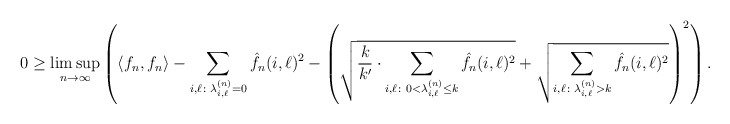
\begin{align*}0 \geq \limsup_{n \to \infty} \left( \langle f_n, f_n \rangle - \sum_{i, \ell \colon \lambda_{i,\ell}^{(n)} = 0} \hat f_n(i,\ell)^2 - \left(\sqrt{\frac{k}{k'}\cdot { \sum_{i,\ell \colon 0< \lambda_{i,\ell}^{(n)} \leq k} \hat f_n(i,\ell)^2 } } + \sqrt{ \sum_{i,\ell \colon \lambda_{i,\ell}^{(n)} > k} \hat f_n(i,\ell)^2 }\right)^2 \right).\end{align*}